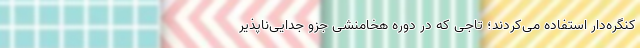
کنگره‌دار استفاده می‌کردند؛ تاجی که در دوره هخامنشی جزو جدایی‌ناپذیر